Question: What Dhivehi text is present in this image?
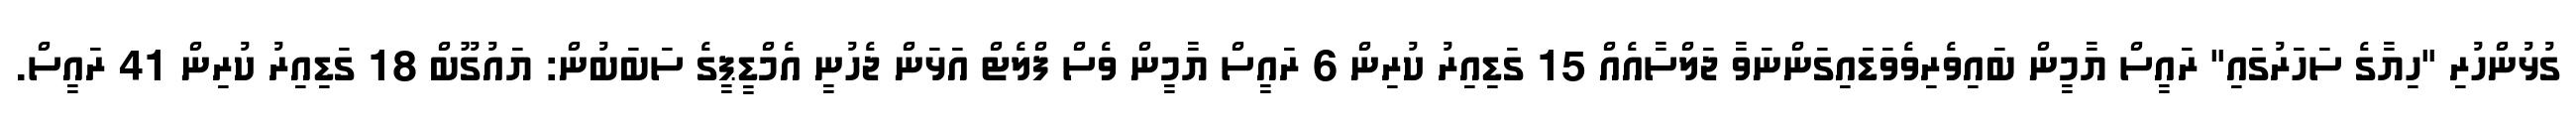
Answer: ގުޅުންހުރި "ހިޔާގެ ސަހަރުގައި" ރައީސް ޔާމީން ބައިވެރިވެވަޑައިގަންނަވާ ޖަލްސާއެއް 15 ގަޑިއިރު ކުރިން 6 ރައީސް ޔާމީން ވެސް ފްލެޓް އަޅަން ޖެހުނީ އެމްޑީޕީގެ ސަބަބުން: ޔައުގޫބް 18 ގަޑިއިރު ކުރިން 41 ރައީސް.